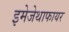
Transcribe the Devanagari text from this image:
इमेजेथाफायर